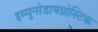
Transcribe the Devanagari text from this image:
इम्यूनोडायग्नोस्टिक